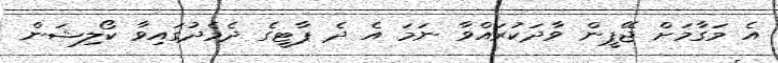
އެ މަގާމަށް ޖޭޕީން ވާދަކުރައްވާ ނަމަ އެ ދެ ޕާޓީގެ ދެމެދުގައިވާ ކޯލިޝަން